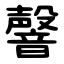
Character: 韾